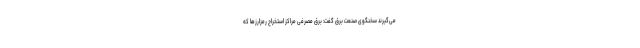
می‌گیرند سخنگوی صنعت برق گفت: برق مصرفی مراکز استخراج رمزارزها که